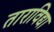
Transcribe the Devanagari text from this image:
ताराविद्या